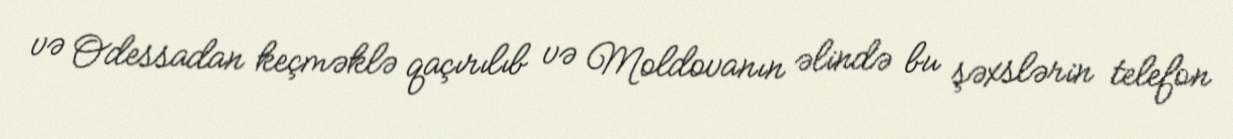
və Odessadan keçməklə qaçırılıb və Moldovanın əlində bu şəxslərin telefon